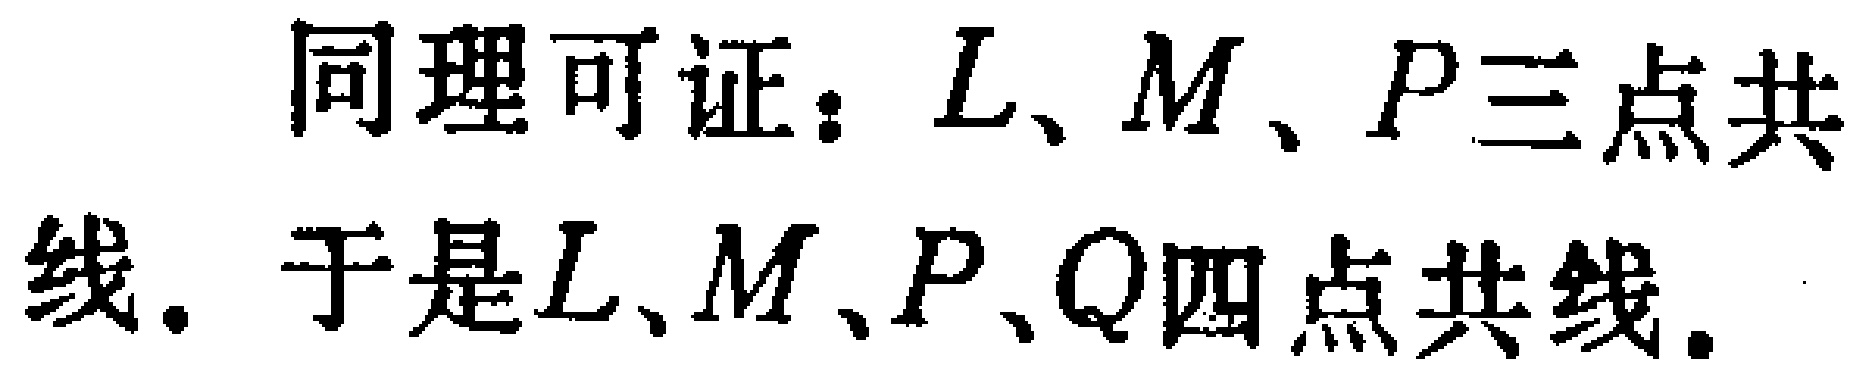
同理可证：\(L、M、P\)三点共线. 于是\(L、M、P、Q\)四点共线.